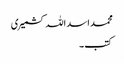
محمد اسد اللہ کشمیری
کتب ۔